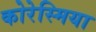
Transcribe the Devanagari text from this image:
कोरेस्मिया